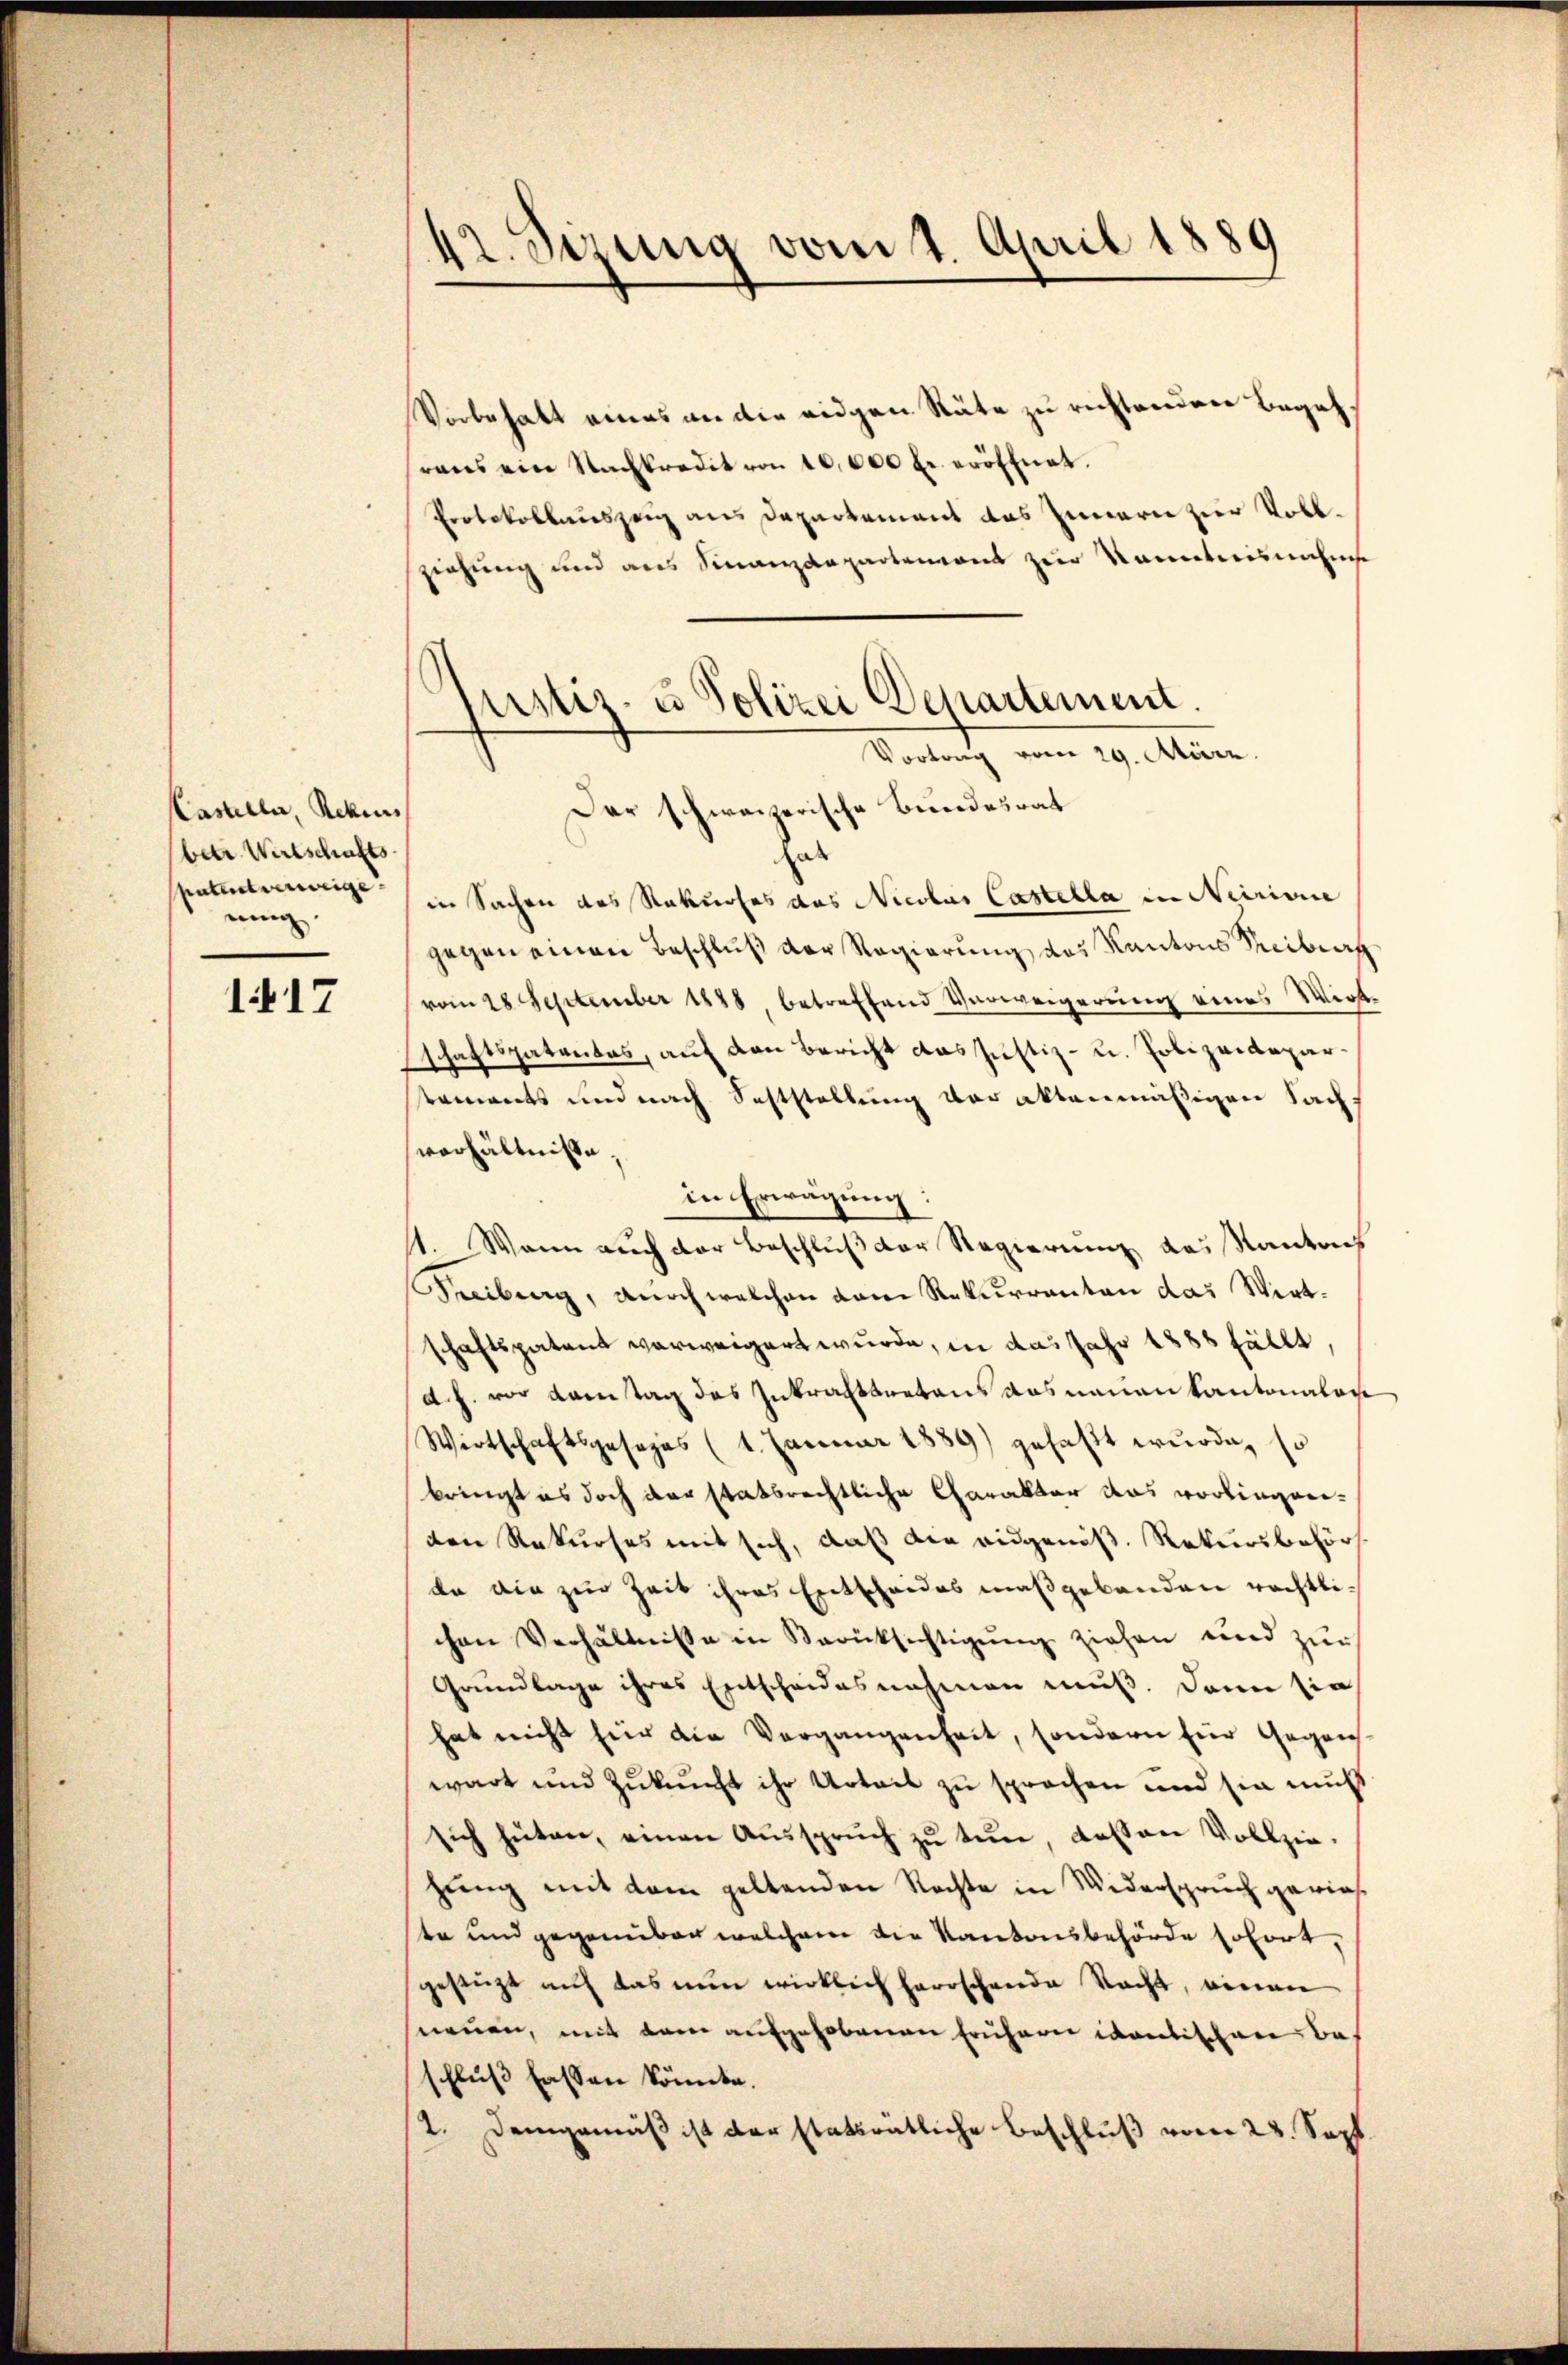
Kasalle, Rekurs
betr. Wirtschafts
spatent verweige
ning

117

42. Sizung vom 1. April 1889

E
astis. u. Polizei Departement.
Vortrag vom 29. März.
Der schweizerische Bundesrat

Vorbehalt eines an die eidgen Räte zu rechtenden Begehrens ein Nachkredit von 10,000 Fr. eröffnet.
Protokollauszeig aus Departement das Innern zur Vollziehung und aus Finanzdepartemons zur Sainterisnahme
hat
in Sachen des Rekurses das Nicobus Castella in Neirine
gegen einen Beschluß der Regierung des Kantons Treiburg
vom 28. September 1888 betreffend Verweigerŭng eines Wert
schaftspatentes, auf den Bericht das Justiz- u. Polizeidepartements und nach Seltstellung vor aktenmäßigen Sachverhältniße,
in Erwägung:
st. Wann auch der Beschluß der Regierung das Kantach
Freiburg, durch welchen dem Rekurrenten das Wirt-
schaftspatent verweigert wurde, in das Jahr 1888 fällt,
d. h. vor Kantag des Inkrafttretens das neuen Kantonaloge
Wirtschaftsgesezes (1. Januar 1889) gefaßt wurde, so
bringt es doch der statsrechtliche Charakter das vorlingneiden Rekurses mit sich, daß die ausgenöß. Rekursbehör
da die zur Zeit ihres Entscheides maßgebäuden rechtlichen Verhältnisse in Berücksichtigŭng ziehen und zur
Grundlage ihres Entscheidesnahmen muß. Dann sie
hat nicht für die Vergangenheit, sondern für Gegen
wart und Zukunft ihr Urteil zu sprochen und sie muß
sich hüten, einen Aŭssprŭch zŭ tŭn, dassen Vollzie-
zung mit dem geltenden Rechte in Widerspruch gerieste und gegenüber welchem die Kantonsbehörde sofort,
gestüzt auf das nun wirklich herrschende Nacht, einan
neuen, mit dem aufgehobenen frühern ivantischen Beschluß fassen könnte.
2. Demgemäß ist der statsrätliche Beschluß vom 28. Sept.